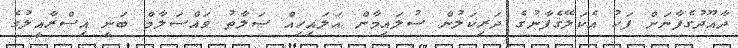
ދާއޫދުގެފާނަށް ފަހު އެކަލޭގެފާނުގެ ދަރިކަލުން ސުލައިމާން ޢަލައިހިއް ޞަލާތު ވައްސަލާމް ބަނީ އިސްރާއީލުގެ